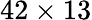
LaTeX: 42\times 13